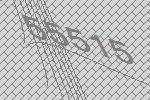
55515